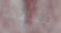
ميلادها